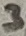
Text: 3